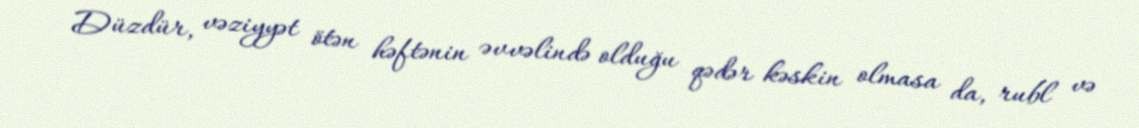
Düzdür, vəziyyət ötən həftənin əvvəlində olduğu qədər kəskin olmasa da, rubl və